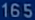
165